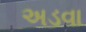
અડવા